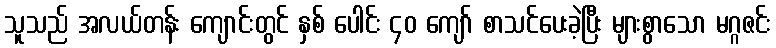
သူသည် အလယ်တန်း ကျောင်းတွင် နှစ် ပေါင်း ၄၀ ကျော် စာသင်ပေးခဲ့ပြီး များစွာသော မဂ္ဂဇင်း